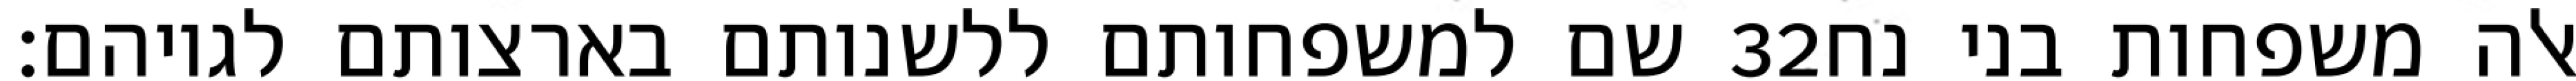
שם למשפחותם ללשנותם בארצותם לגויהם׃ ‎32‏ אלה משפחות בני נח